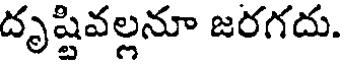
దృష్టివల్లనూ జరగదు.